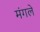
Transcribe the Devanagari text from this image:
मंगले